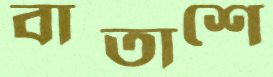
বাতাশে